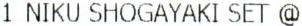
1 NIKU SHOGAYAKI SET @